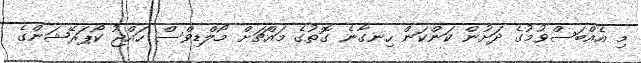
މި އެއްބަސްވުމުގެ ދަށުން ކަންކަން ހިނގާނެ ގޮތުގެ މައްޗަށް މޯލްޑިވްސް ހައްޖު ކޯޕަރޭޝަންގެ